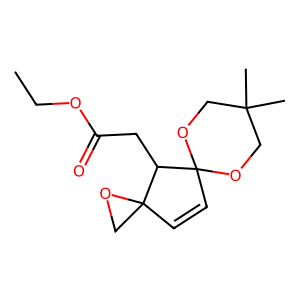
SMILES: CCOC(=O)CC1C2(C=CC13OCC(C)(C)CO3)CO2
Inhibits HIV replication: No